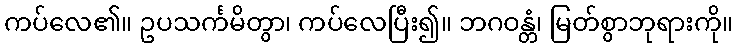
ကပ်လေ၏။ ဥပသင်္ကမိတွာ၊ ကပ်လေပြီး၍။ ဘဂဝန္တံ၊ မြတ်စွာဘုရားကို။